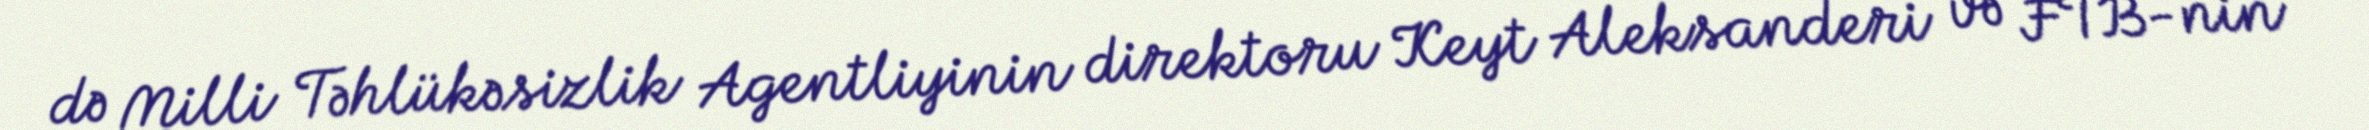
də Milli Təhlükəsizlik Agentliyinin direktoru Keyt Aleksanderi və FTB-nin